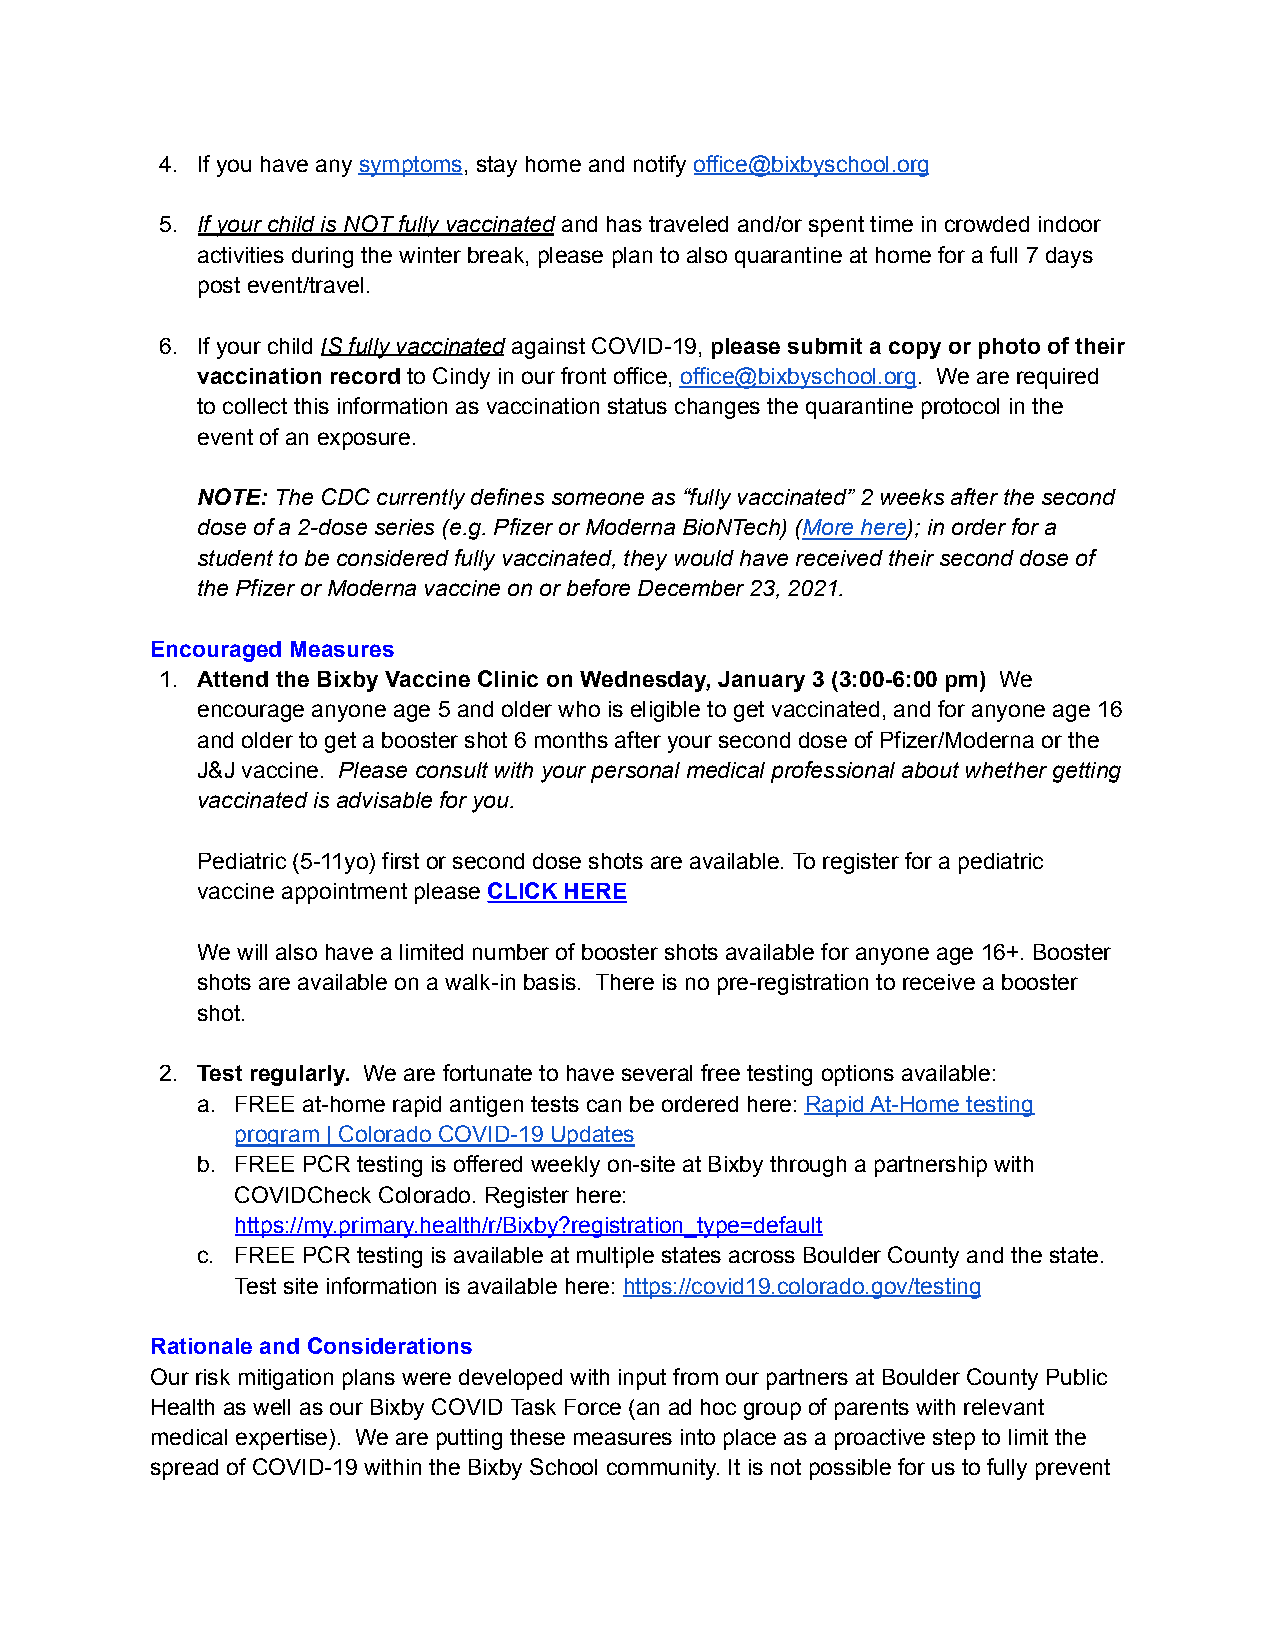
4. If you have any symptoms, stay home and notify office@bixbyschool.org
 5. If your child is NOT fully vaccinated and has traveled and/or spent time in crowded indoor
 activities during the winter break, please plan to also quarantine at home for a full 7 days
 post event/travel.
 6. If your child IS fully vaccinated against COVID-19, please submit a copy or photo of their
 vaccination record to Cindy in our front office, office@bixbyschool.org. We are required
 to collect this information as vaccination status changes the quarantine protocol in the
 event of an exposure.
 NOTE: The CDC currently defines someone as “fully vaccinated” 2 weeks after the second
 dose of a 2-dose series (e.g. Pfizer or Moderna BioNTech) (More here); in order for a
 student to be considered fully vaccinated, they would have received their second dose of
 the Pfizer or Moderna vaccine on or before December 23, 2021.
 Encouraged Measures
 1. Attend the Bixby Vaccine Clinic on Wednesday, January 3 (3:00-6:00 pm) We
 encourage anyone age 5 and older who is eligible to get vaccinated, and for anyone age 16
 and older to get a booster shot 6 months after your second dose of Pfizer/Moderna or the
 J&J vaccine. Please consult with your personal medical professional about whether getting
 vaccinated is advisable for you.
 Pediatric (5-11yo) first or second dose shots are available. To register for a pediatric
 vaccine appointment please CLICK HERE
 We will also have a limited number of booster shots available for anyone age 16+. Booster
 shots are available on a walk-in basis. There is no pre-registration to receive a booster
 shot.
 2. Test regularly. We are fortunate to have several free testing options available:
 a. FREE at-home rapid antigen tests can be ordered here: Rapid At-Home testing
 program | Colorado COVID-19 Updates
 b. FREE PCR testing is offered weekly on-site at Bixby through a partnership with
 COVIDCheck Colorado. Register here:
 https://my.primary.health/r/Bixby?registration_type=default
 c. FREE PCR testing is available at multiple states across Boulder County and the state.
 Test site information is available here: https://covid19.colorado.gov/testing
 Rationale and Considerations
 Our risk mitigation plans were developed with input from our partners at Boulder County Public
 Health as well as our Bixby COVID Task Force (an ad hoc group of parents with relevant
 medical expertise). We are putting these measures into place as a proactive step to limit the
 spread of COVID-19 within the Bixby School community. It is not possible for us to fully prevent